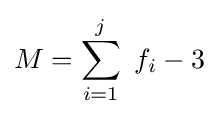
M=\sum _{i=1}^{j}\ f_{i}-3